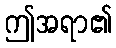
ဤအရာ၏